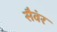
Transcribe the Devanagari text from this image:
सैवंर